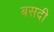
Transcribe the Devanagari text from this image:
बसदी